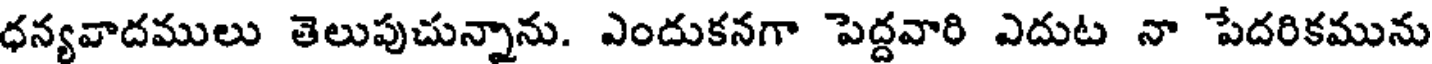
ధన్యవాదములు తెలుపుచున్నాను. ఎందుకనగా పెద్దవారి ఎదుట నా పేదరికమును